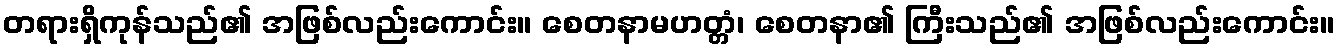
တရားရှိကုန်သည်၏ အဖြစ်လည်းကောင်း။ စေတနာမဟတ္တံ၊ စေတနာ၏ ကြီးသည်၏ အဖြစ်လည်းကောင်း။